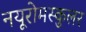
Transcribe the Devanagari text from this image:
नयूरोमस्कुलर